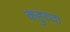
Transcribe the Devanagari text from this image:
कहुरुवा